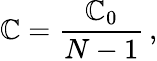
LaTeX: \mathbb{C}=\frac{{\mathbb{C}_{0}}}{{N-1}}\, ,